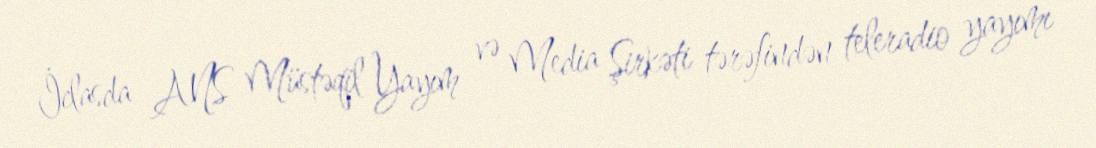
İclasda ANS Müstəqil Yayım və Media Şirkəti tərəfindən teleradio yayımı